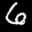
Label: 6